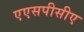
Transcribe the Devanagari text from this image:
एएसपीसीए